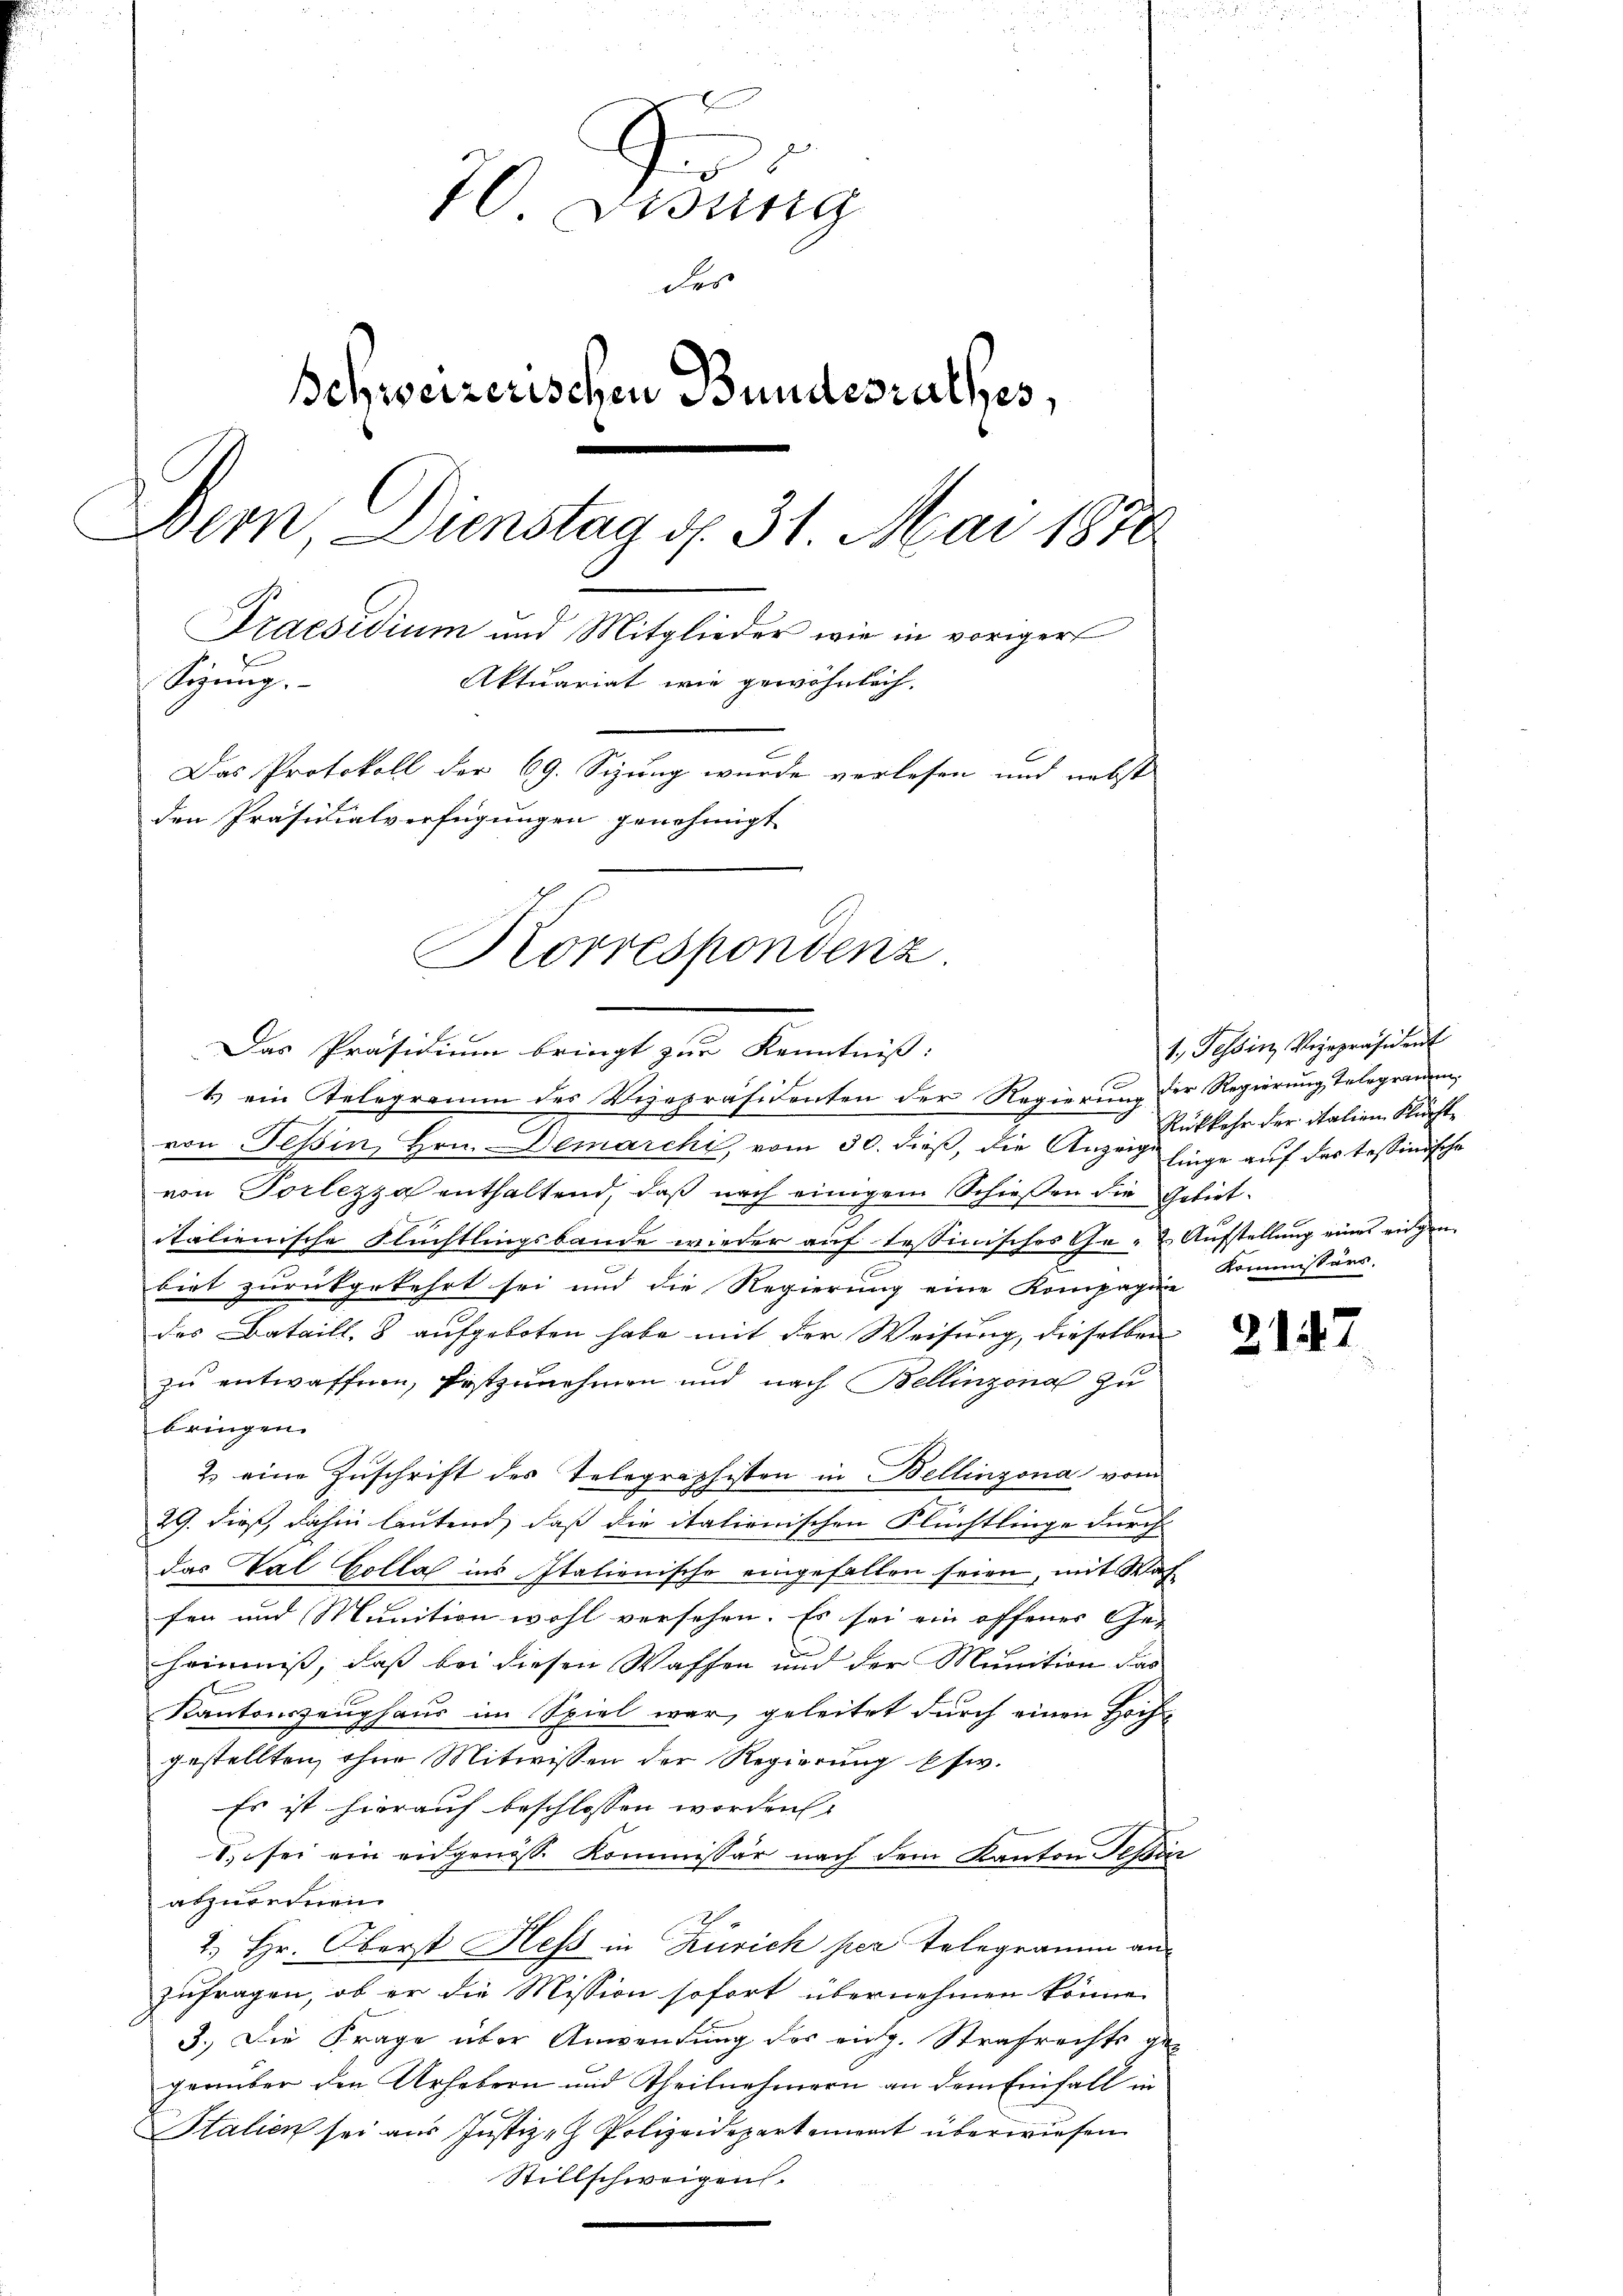
10. Disung
des
Schweizerischen Bundesrathes,
-
Der, Dienstag d. 31. Mai 1870
Praesidium und Mitglieder wie in voriger
Aktuariat wie gewöhnlich
Sizung.
Das Protokoll der 69. Sizung wurde verlesen und nebst
den Präsidialverfügungen genehmigt

Das Präsidium bringt zur Kenntniß:
1
& ein Telegramm des Vizepräsidenten der Regierung der Regierung telegramm,

von Tessin, Hrn. Demarchi, vom 30. dieß, die Anzeige Einge auf das tessinische
von Tortezza enthaltend, daß nach einigem Schießen die Gebietitalienische Flüchtlingsbande wieder auf Tessinisches Ge- & Aufstellung eines eigen
biet zurückgekehrt sei und die Regierung eine Kompagnie
des Bataill, 8 aufgeboten habe mit der Weisung, dieselben
zu entwaffen, festzunehmen und nach Bellinzona zu
bringen.
2. eine Zŭschrift des Telegraphisten in Bellinzona vom
29. dieß, dahin lautend, daß die italienischen Flüchtlinge durch
das Val Holla ins Italienische eingefallen seien, mit Wah
fen und Munition wohl versehen. Es sei ein offenes Ge-
heimniß, daß bei diesen Waffen und der Munition das
Kantonszeughaus im Spiel war, geleitet durch einen Hochgestellten, ohne Mitwissen der Regierung Esw.
Es ist hierauf beschlossen worden
1. sei ein eidgenösse Kommissär nach dem Kanton Schier
abzurednen.
2.) Hr. Oberst Hess in Zürich per Telegramm an
zufragen, ob er die Mission sofort übernehmen könne.
3.) Die Frage über Anwendung des eidg. Strafrechts gegenüber den Urhebern und Theilnehmern an dem Einfall in
Stalien sei aus Justiz- Polizeidepartement überwiesen
Stillschweigen.

Korrespondenz

1, Tessin Verpräsident
Rükkehr der Italien Flüchte
Kommissärs.

2147